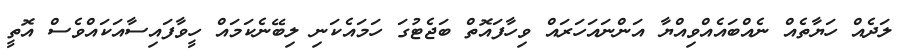
ލަދެއް ހަޔާތެއް ނެއްބައެއްވިއްޔާ އަންނައަހަރައް ވިހާފައޮތް ބަޖެޓުގަ ހަމައެކަނި ލިބޭނެކަމައް ހީވާފައިސާއަކައްވެސް އޮތީ